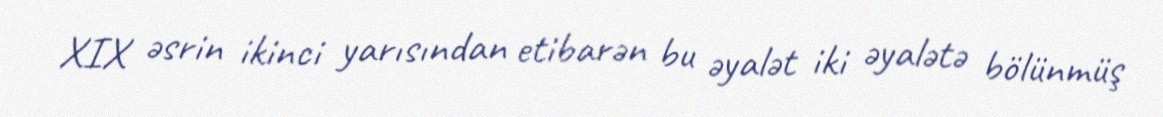
XIX əsrin ikinci yarısından etibarən bu əyalət iki əyalətə bölünmüş